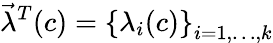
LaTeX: \vec{\lambda}^{T}(c)=\left\{ \lambda_{i}(c)\right\} _{i=1,\ldots,k}